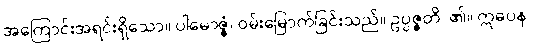
အကြောင်းအရင်းရှိသော။ ပါမောဇ္ဇံ၊ ဝမ်းမြောက်ခြင်းသည်။ ဥပ္ပဇ္ဇတိ၊ ၏။ ဣဓပန၊